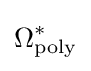
\Omega _{\text{poly}}^{*}